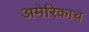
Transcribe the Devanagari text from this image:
अमेरिकाच